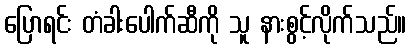
ပြောရင်း တံခါးပေါက်ဆီကို သူ နားစွင့်လိုက်သည်။